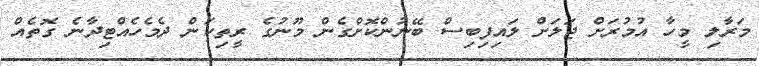
މަރާލި މީހާ އުމުރަށް ޖަލަށް ލައިފިބިސް ބޭނުންކޮށްގެން މޫނުގެ ރީތިކަން ދެމެހެއްޓިދާނެ ގޮތެއް